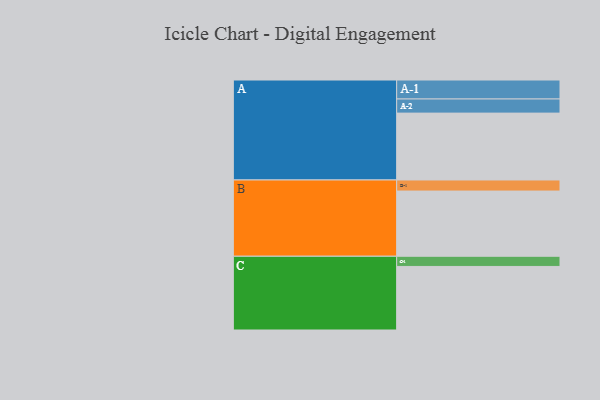
{"axis": {"x": "Segment", "y": "Value"}, "legend": ["", "A", "B", "C"], "data": [{"x": "A", "y": 525, "type": ""}, {"x": "B", "y": 512, "type": ""}, {"x": "C", "y": 499, "type": ""}, {"x": "A-1", "y": 149, "type": "A"}, {"x": "A-2", "y": 111, "type": "A"}, {"x": "B-1", "y": 87, "type": "B"}, {"x": "C-1", "y": 80, "type": "C"}]}